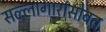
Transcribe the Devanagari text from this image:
सल्लागारांसोबत